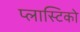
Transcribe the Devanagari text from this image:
प्लास्टिको